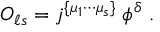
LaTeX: { \cal O } _ { \ell s } = j ^ { \{ \mu _ { 1 } \cdots \mu _ { s } \} } \; \phi ^ { \delta } \; .